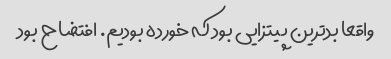
واقعا بدترین پیتزایی بود که خورده بودیم. افتضاح بود